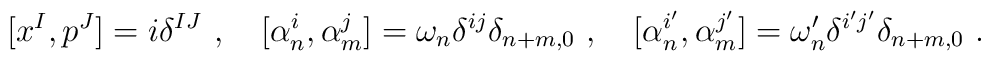
[ x^I, p^J ] = i \delta^{IJ} ~,~~~[ \alpha^i_n, \alpha^j_m ] = \omega_n \delta^{ij} \delta_{n+m,0}~,~~~[ \alpha^{i'}_n, \alpha^{j'}_m ] =    \omega'_n \delta^{i' j'} \delta_{n+m,0}~.